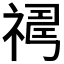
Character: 𥛇